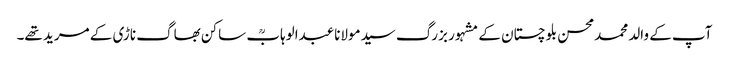
آپ کے والد محمدمحسن بلوچستان کے مشہور بزرگ سیدمولاناعبدالوہابؒ ساکن بھاگ ناڑی کے مرید تھے۔